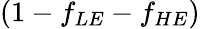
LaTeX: (1-f_{LE}-f_{HE})